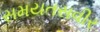
સમયતસવીર